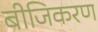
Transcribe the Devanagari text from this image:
बीजिकरण